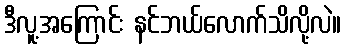
ဒီလူ့အကြောင်း နင်ဘယ်လောက်သိလို့လဲ။